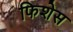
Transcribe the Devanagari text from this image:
फिशेस